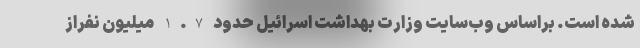
شده است. براساس وب‌سایت وزارت بهداشت اسرائیل حدود 1.7 میلیون نفراز